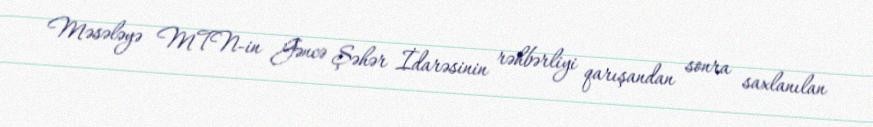
Məsələyə MTN-in Gəncə Şəhər İdarəsinin rəhbərliyi qarışandan sonra saxlanılan